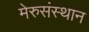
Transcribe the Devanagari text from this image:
मेरुसंस्थान